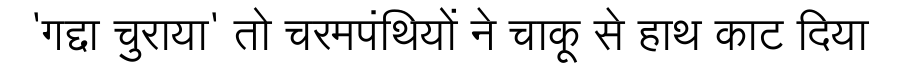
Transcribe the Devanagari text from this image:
'गद्दा चुराया' तो चरमपंथियों ने चाकू से हाथ काट दिया